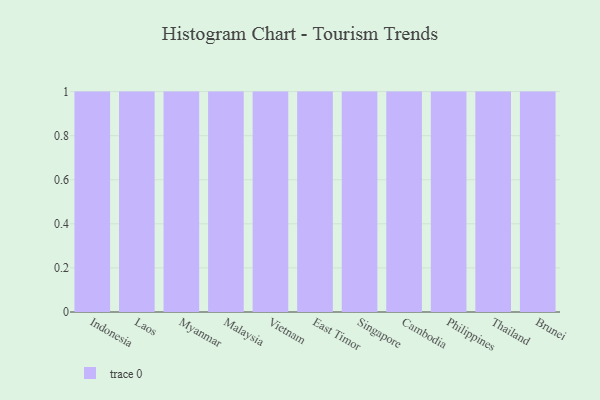
{"axis": {"x": "Country", "y": "Shipments"}, "legend": [""], "data": [{"x": "Indonesia", "y": 69, "type": ""}, {"x": "Laos", "y": 2, "type": ""}, {"x": "Myanmar", "y": 17, "type": ""}, {"x": "Malaysia", "y": 6, "type": ""}, {"x": "Vietnam", "y": 89, "type": ""}, {"x": "East Timor", "y": 59, "type": ""}, {"x": "Singapore", "y": 20, "type": ""}, {"x": "Cambodia", "y": 61, "type": ""}, {"x": "Philippines", "y": 1, "type": ""}, {"x": "Thailand", "y": 52, "type": ""}, {"x": "Brunei", "y": 31, "type": ""}]}